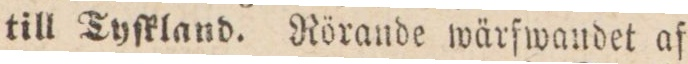
till Tyſkland. Rörande wärfwandet af